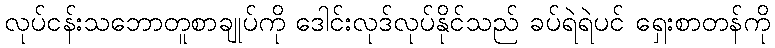
လုပ်ငန်းသဘောတူစာချုပ်ကို ဒေါင်းလုဒ်လုပ်နိုင်သည် ခပ်ရဲရဲပင် ရှေးစာတန်ကို